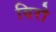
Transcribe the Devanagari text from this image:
विरो